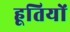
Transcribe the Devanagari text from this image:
हूतियों